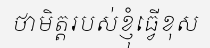
ថាមិត្តរបស់ខ្ញុំធ្វើខុស